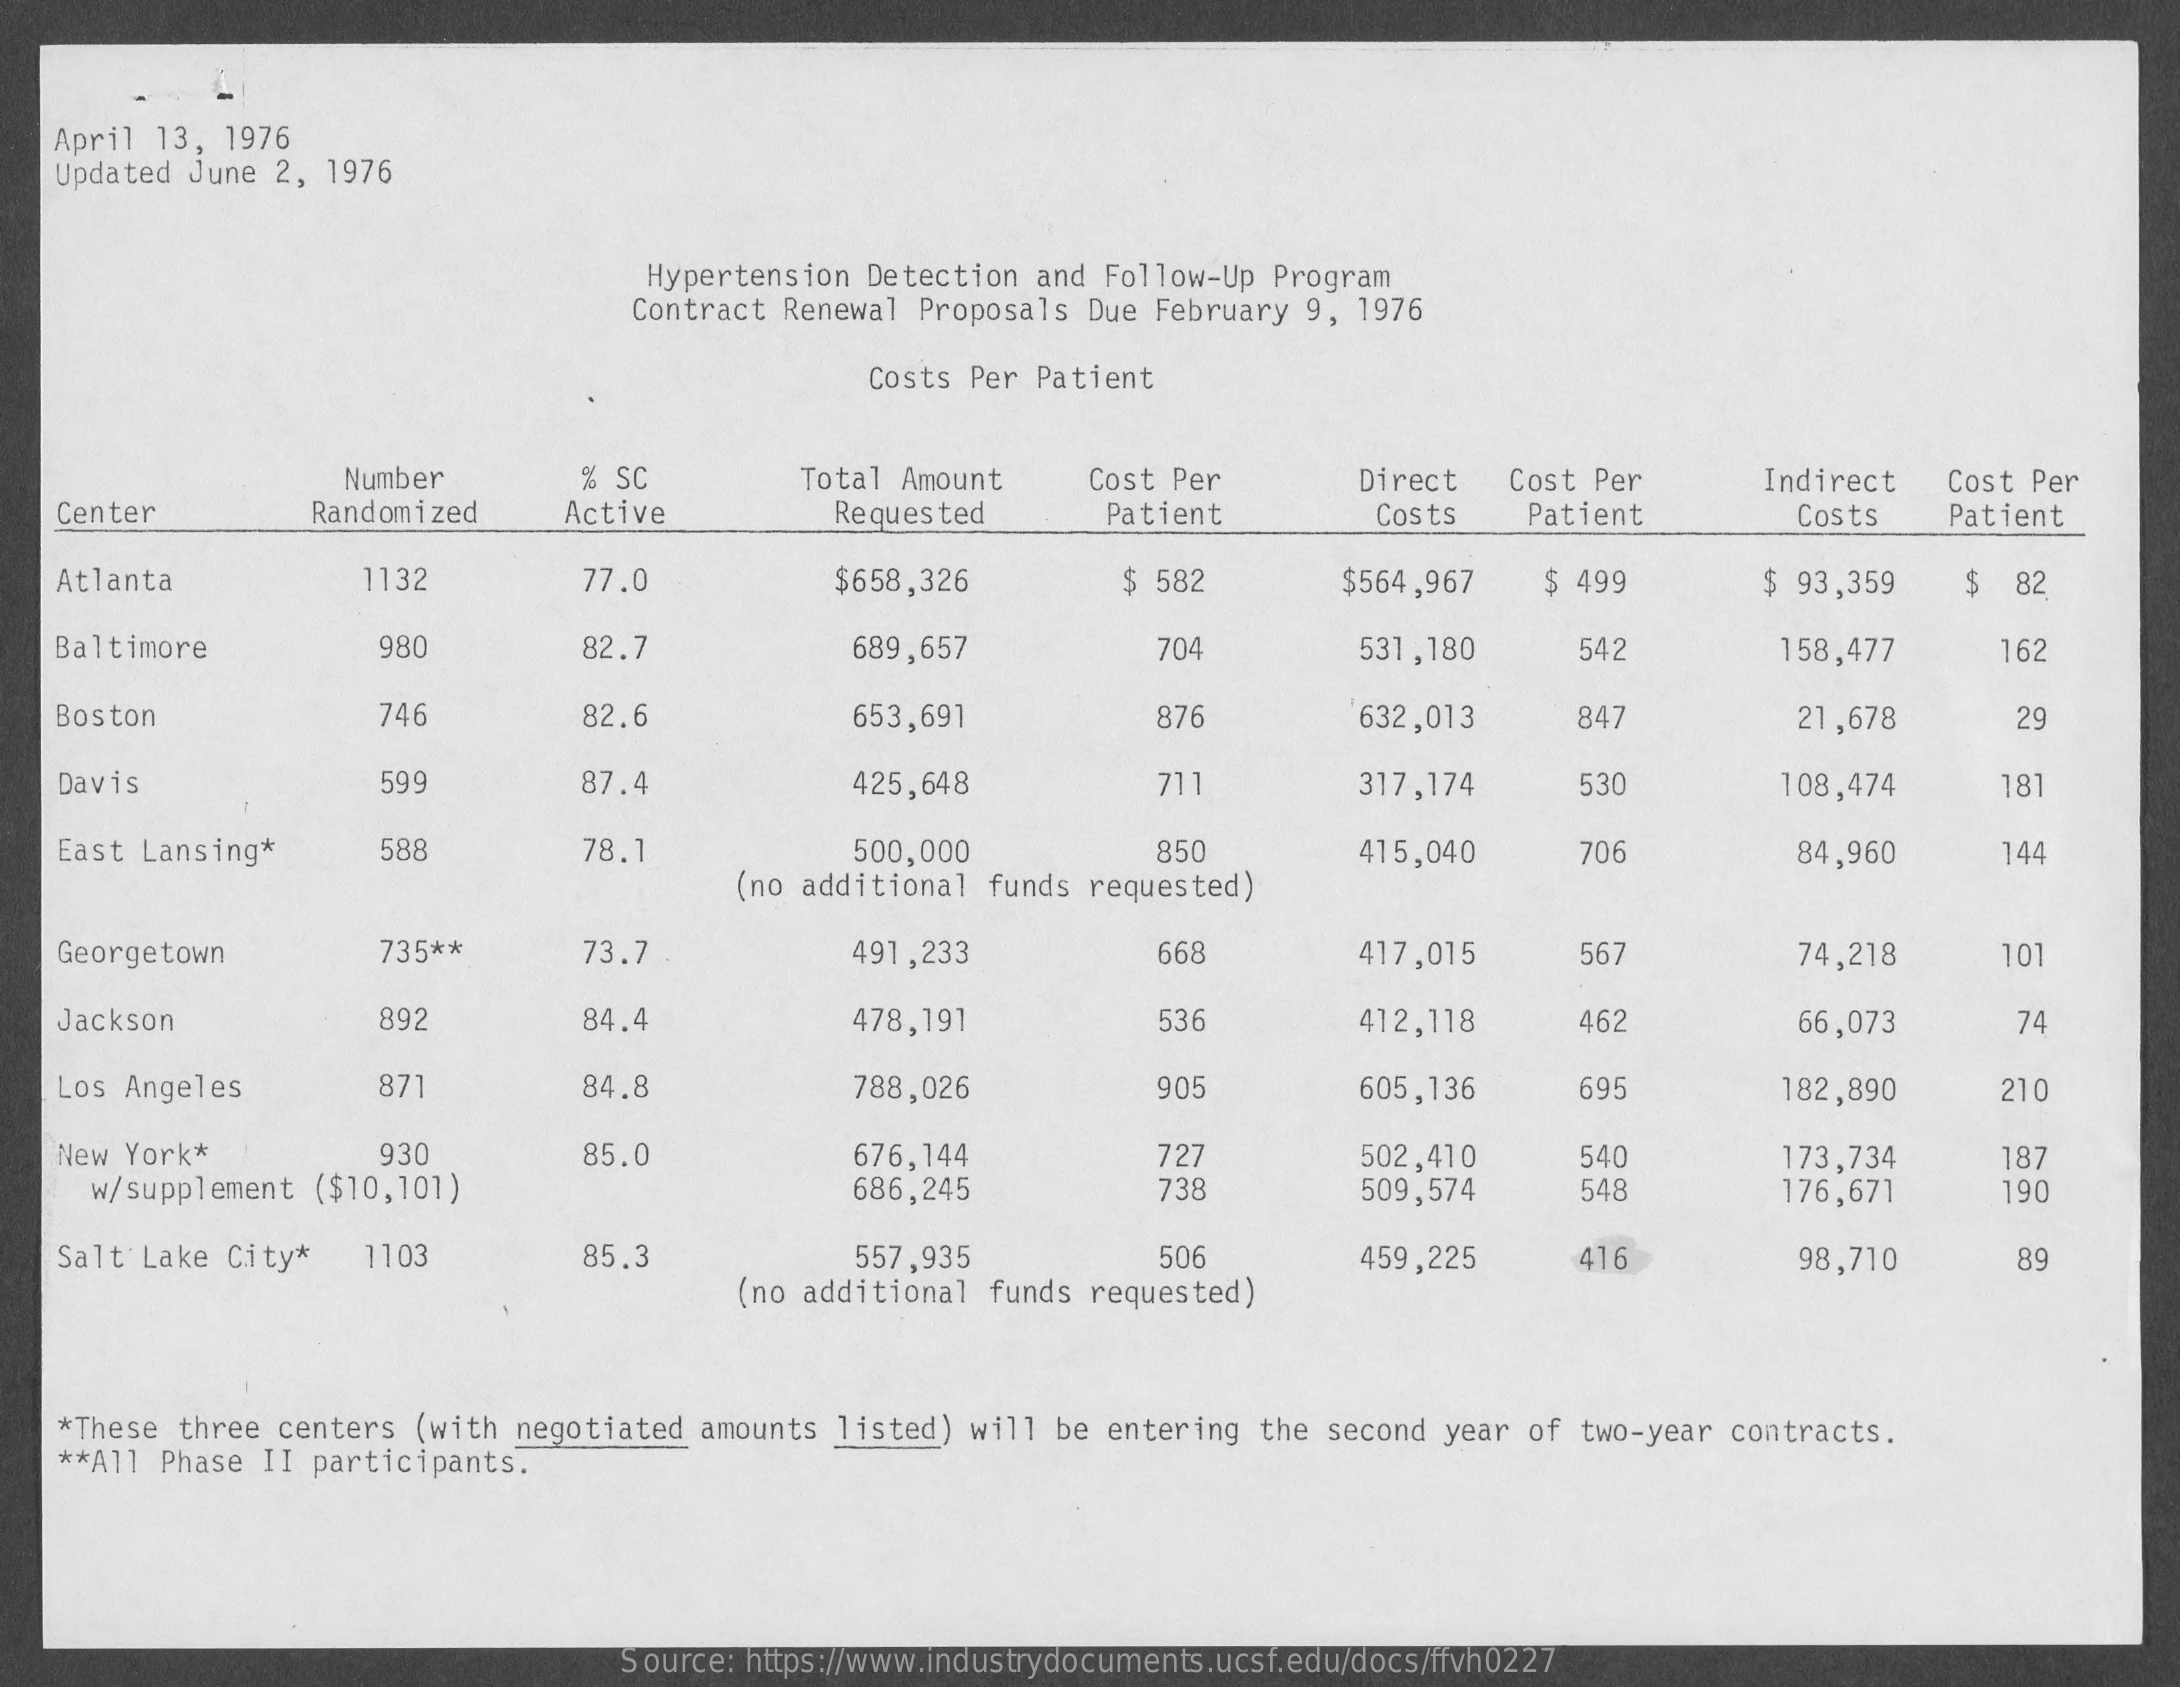
April 13, 1976
   Updated June 2, 1976
     Hypertension Detection and Follow-Up Program
     Contract Renewal Proposals Due February 9, 1976
     Costs Per Patient
     Number    % SC    Total Amount   Cost Per    Direct Cost Per    Indirect  Cost Per
   Center    Randomized   Active    Requested    Patient    Costs  Patient    Costs   Patient
   Atlanta    1132    77.0    $658,326    $ 582    $564,967  $ 499    $ 93,359   $ 82
   Baltimore    980    82.7    689,657    704    531,180    542    158,477    162
   Boston    746    82.6    653,691    876    632,013    847    21,678    29
   Davis    599    87.4    425,648    71    317,174    530    108,474    181
   East Lansing*    588    78.1    500,000
     (no additional funds requested)
     850    415,040    706    84,960    144
   Georgetown    735 **    73.7    491,233    668    417,015    567    74,218    101
   Jackson    892    84.4    478,191    536    412,118    462    66,073    74
   Los Angeles    871    84.8    788,026    905    605,136    695    182,890    210
   New York*    930    85.0    676,144    727    502,410    540
     w/supplement ($10,101)    686,245    509,574
     173,734    187
     738    548    176,671    190
   Salt Lake City* 1103    85.3    557,935    506    459,225    416
     (no additional funds requested)
     98,710    89
   *These three centers (with negotiated amounts listed) will be entering the second year of two-year contracts.
   ** All Phase II participants.
     Source: https://www.industrydocuments.ucsf.edu/docs/ffvh0227